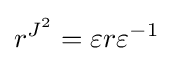
r^{J^{2}}=\varepsilon r\varepsilon ^{-1}